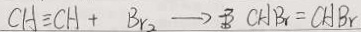
C H = C H + B r _ { 2 } \rightarrow C H B r = C H B r